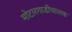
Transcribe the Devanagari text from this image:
मोटारगाडीचालक